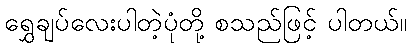
ရွှေချပ်လေးပါတဲ့ပုံတို့ စသည်ဖြင့် ပါတယ်။